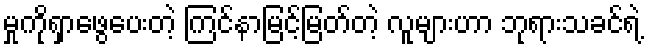
မှုကိုရှာဖွေပေးတဲ့ ကြင်နာမြင့်မြတ်တဲ့ လူများဟာ ဘုရားသခင်ရဲ့